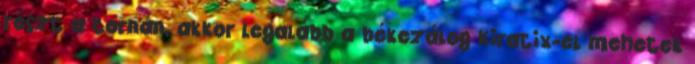
részt a tornán, akkor legalább a békezálog Kiratix-el mehetek